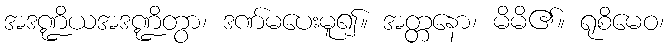
အဒဏ္ဍိယအဒဏ္ဍိတွာ၊ ဒဏ်မပေးမူ၍။ အတ္တနော၊ မိမိ၏။ ရုစိမေဝ၊